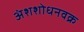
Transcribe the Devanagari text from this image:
अंशशोधनवक्र